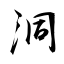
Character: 洞